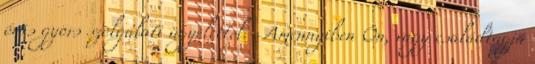
órás gyors szolgálati ügyelettel. . Amennyiben Ön, vagy családtagja